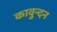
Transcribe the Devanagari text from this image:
कावुन्दन